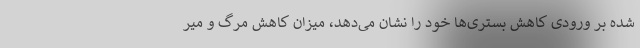
شده بر ورودی کاهش بستری‌ها خود را نشان می‌دهد، میزان کاهش مرگ و میر